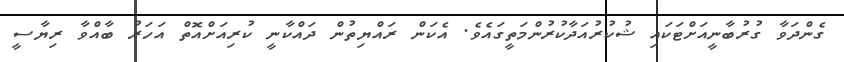
ގެންދަވާ ގުރުބާނީއަށްޓަކައި ޝުކުރުއަދާކުރުންމަތީގައެވެ. އެކަން ރައްޔިތުން ދައްކާނީ ކުރިއަށްއޮތް އަހަރު ބާއްވާ ރިޔާސީ